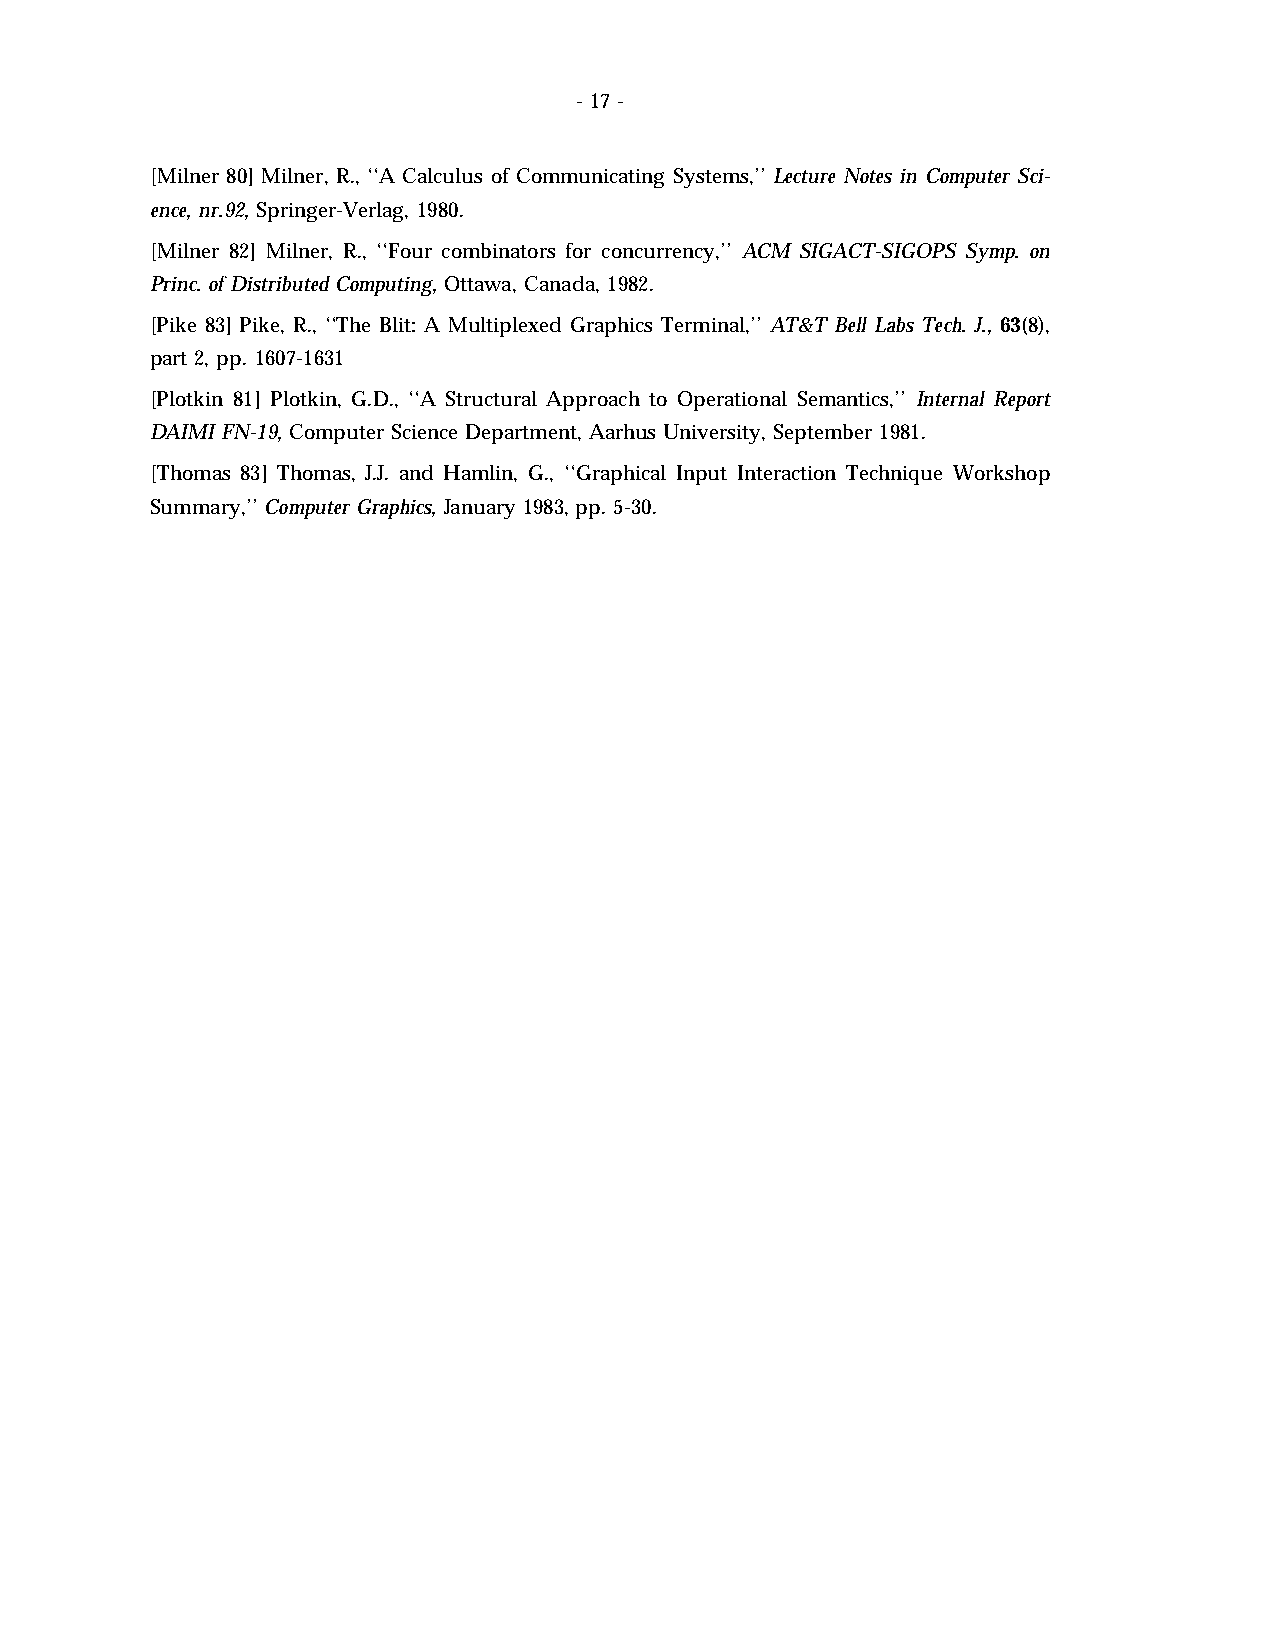
- 17 -
 [Milner 80] Milner, R., ‘‘A Calculus of Communicating Systems,’’ Lecture Notes in Computer Sci-
 ence, nr.92, Springer-Verlag, 1980.
 [Milner 82] Milner, R., ‘‘Four combinators for concurrency,’’ ACM SIGACT-SIGOPS Symp. on
 Princ. of Distributed Computing, Ottawa, Canada, 1982.
 [Pike 83] Pike, R., ‘‘The Blit: A Multiplexed Graphics Terminal,’’ AT&T Bell Labs Tech. J., 63(8),
 part 2, pp. 1607-1631
 [Plotkin 81] Plotkin, G.D., ‘‘A Structural Approach to Operational Semantics,’’ Internal Report
 DAIMI FN-19, Computer Science Department, Aarhus University, September 1981.
 [Thomas 83] Thomas, J.J. and Hamlin, G., ‘‘Graphical Input Interaction Technique Workshop
 Summary,’’ Computer Graphics, January 1983, pp. 5-30.